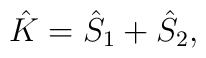
{\hat K}={\hat S}_{1}+{\hat S}_{2},